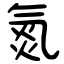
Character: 氮